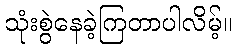
သုံးစွဲနေခဲ့ကြတာပါလိမ့်။